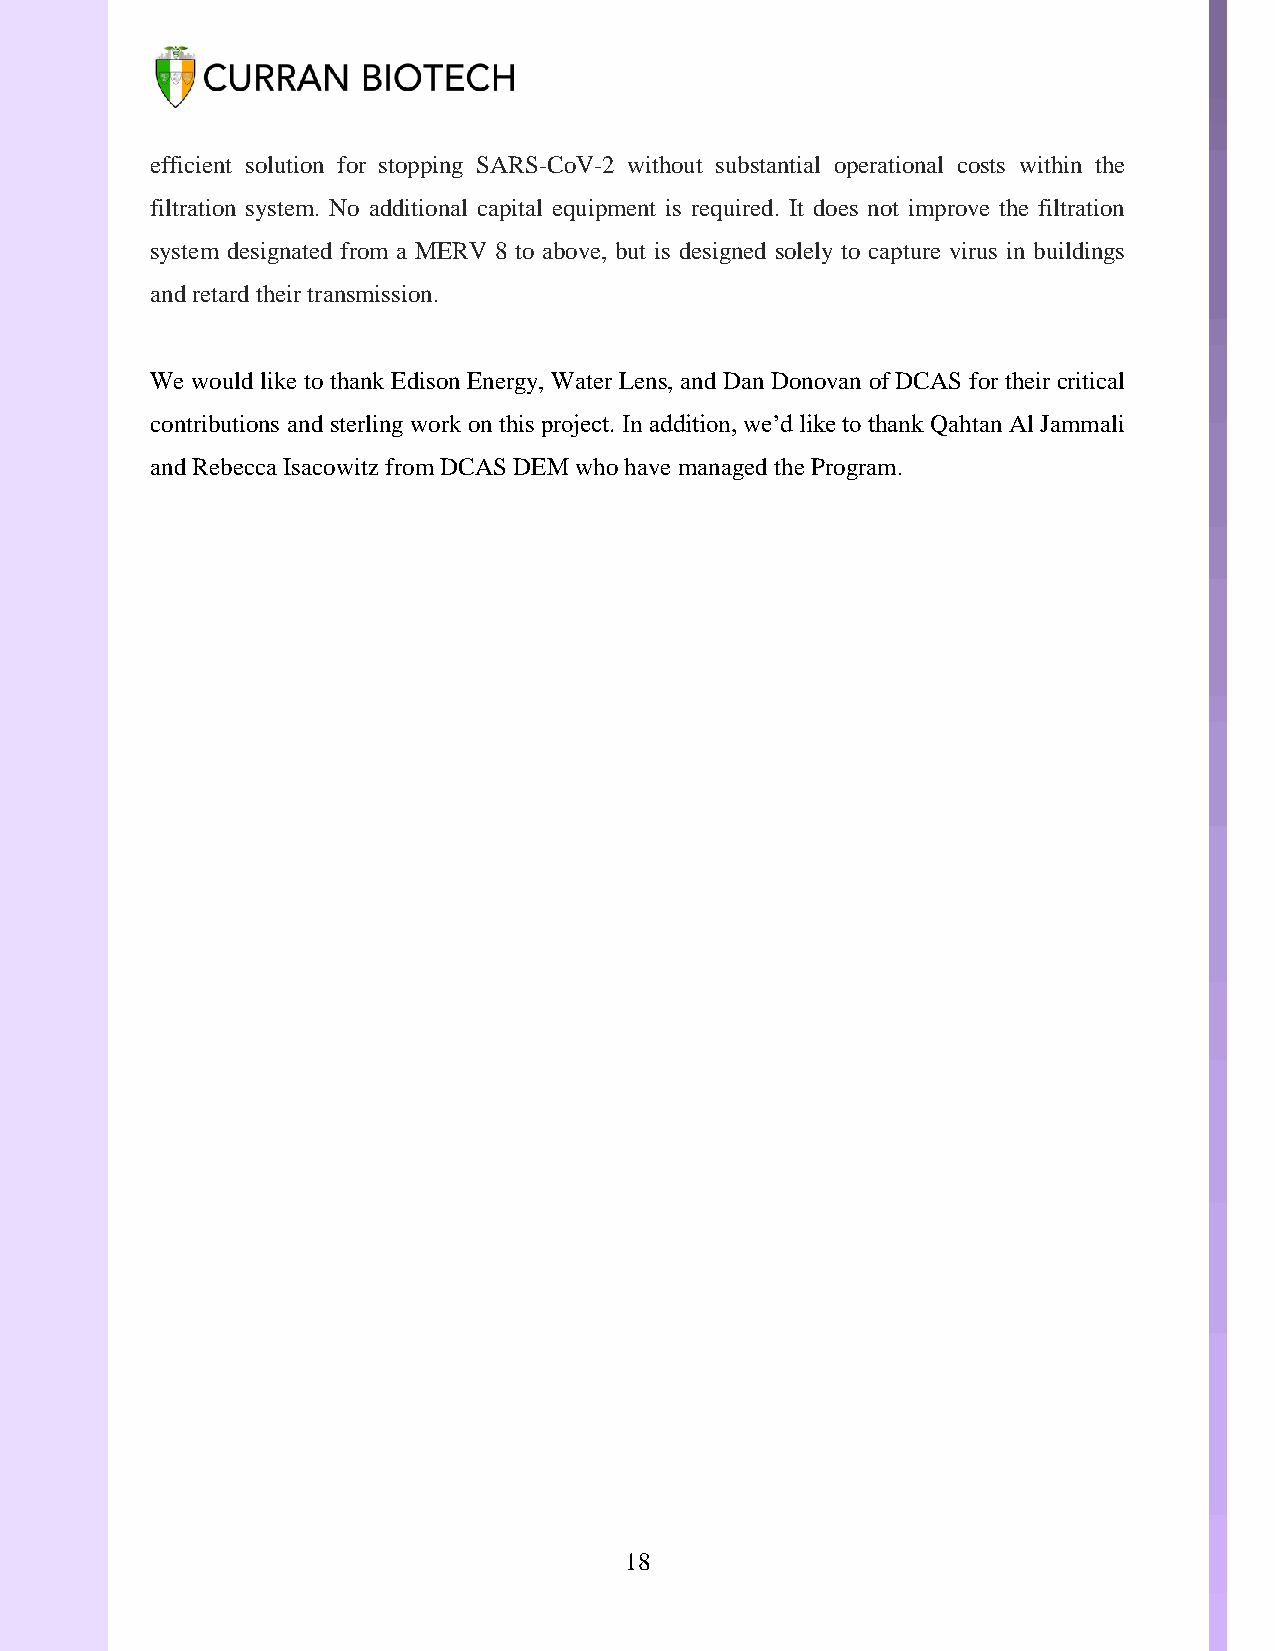
efficient solution for stopping SARS-CoV-2 without substantial operational costs within the
 filtration system. No additional capital equipment is required. It does not improve the filtration
 system designated from a MERV 8 to above, but is designed solely to capture virus in buildings
 and retard their transmission.
 We would like to thank Edison Energy, Water Lens, and Dan Donovan of DCAS for their critical
 contributions and sterling work on this project. In addition, we’d like to thank Qahtan Al Jammali
 and Rebecca Isacowitz from DCAS DEM who have managed the Program.
 18